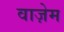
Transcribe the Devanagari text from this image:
वाज़ेम